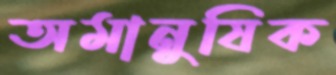
অমানুষিক